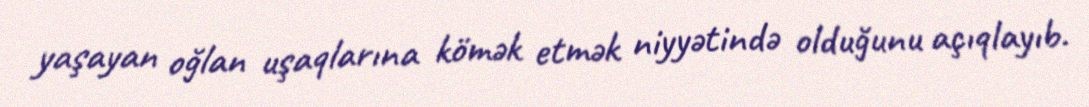
yaşayan oğlan uşaqlarına kömək etmək niyyətində olduğunu açıqlayıb.